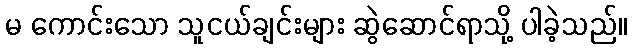
မ ကောင်းသော သူငယ်ချင်းများ ဆွဲဆောင်ရာသို့ ပါခဲ့သည်။